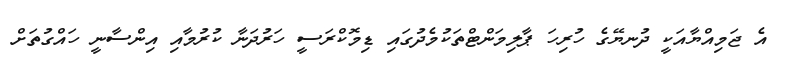
އެ ޖަމިއްޔާއަކީ ދުނޔޭގެ ހުރިހަ ޕާލިމަންޓްތަކުމެދުގައި ޑިމޮކްރަސީ ހަރުދަނާ ކުރުމާއި އިންސާނީ ހައްގުތަށް